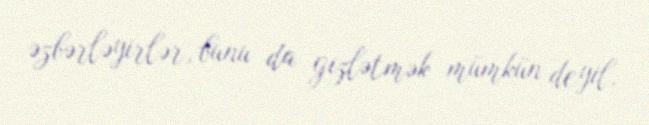
əzbərləyirlər, bunu da gizlətmək mümkün deyil.